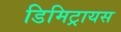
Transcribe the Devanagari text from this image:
डिमिट्रायस